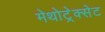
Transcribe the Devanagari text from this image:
मेथोट्रेक्सेट